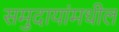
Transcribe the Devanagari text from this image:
समुदायांमधील